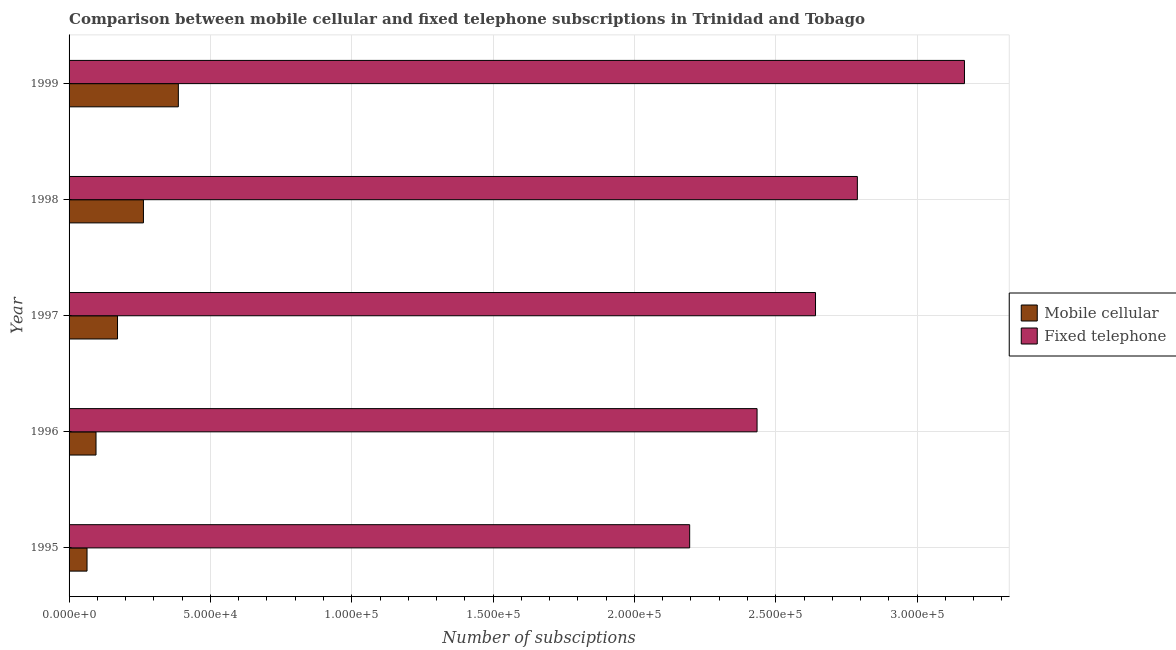
| Year | Mobile cellular | Fixed telephone |
 | --- | --- | --- |
 | 1995 | 6.35e+03 | 2.2e+05 |
 | 1996 | 9.53e+03 | 2.43e+05 |
 | 1997 | 1.71e+04 | 2.64e+05 |
 | 1998 | 2.63e+04 | 2.79e+05 |
 | 1999 | 3.87e+04 | 3.17e+05 |